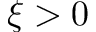
\xi > 0